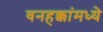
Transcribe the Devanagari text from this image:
वनहक्कांमध्ये